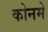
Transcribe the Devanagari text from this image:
कोनमे